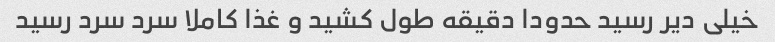
خیلی دیر رسید حدودا دقیقه طول کشید و غذا کاملا سرد سرد رسید